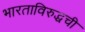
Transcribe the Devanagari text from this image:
भारताविरुद्धची